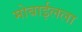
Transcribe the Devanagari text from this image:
मोबाईलला